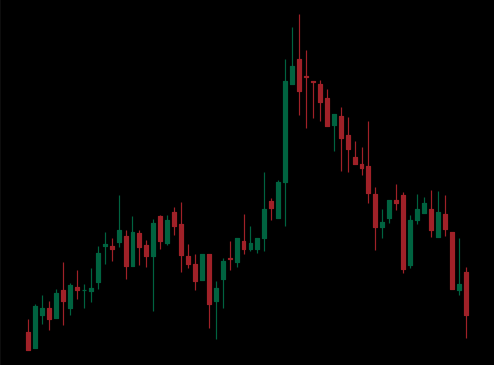
Pattern: head_shoulders